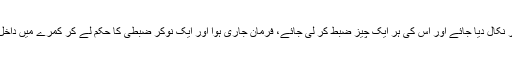
بادشاہ نے حکم دیا کہ موچی کو محل سے باہر نکال دیا جائے اور اس کی ہر ایک چیز ضبط کر لی جائے، فرمان جاری ہوا اور ایک نوکر ضبطی کا حکم لے کر کمرے میں داخل ہو گیا اور قیمتی چیزوں پر قبضہ کرنے لگا۔